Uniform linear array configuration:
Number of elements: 16
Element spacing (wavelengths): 0.5
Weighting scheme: uniform
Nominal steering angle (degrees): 60
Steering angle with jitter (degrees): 59.951
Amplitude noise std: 0.05
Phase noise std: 0.05

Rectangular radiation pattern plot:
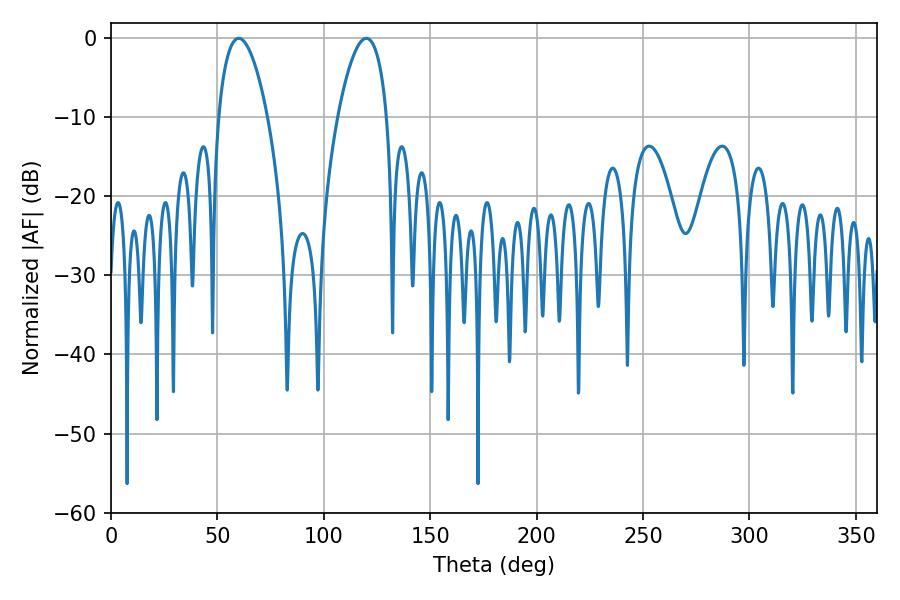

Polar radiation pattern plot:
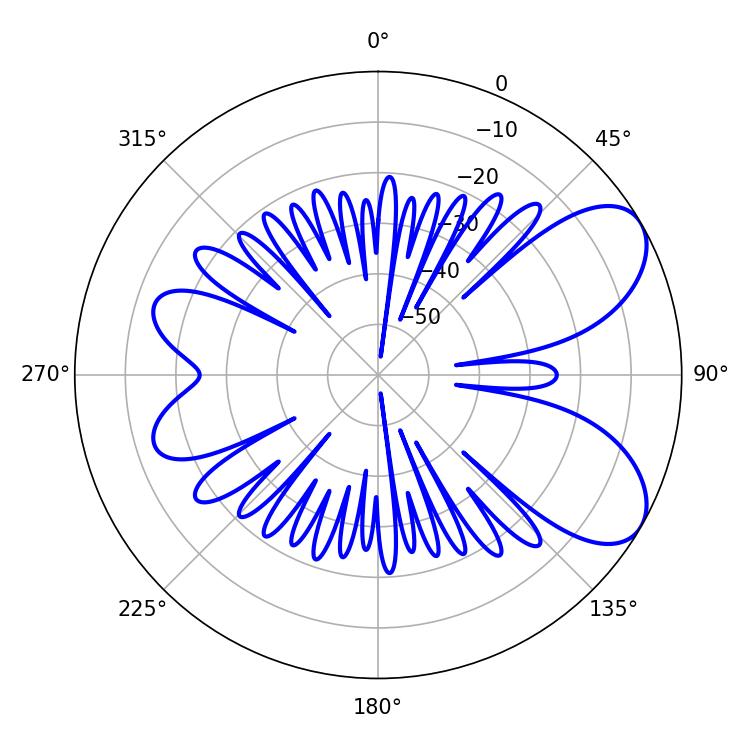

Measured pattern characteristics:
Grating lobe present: FALSE
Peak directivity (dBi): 7.022
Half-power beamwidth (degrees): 12.96
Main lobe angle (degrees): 59.94